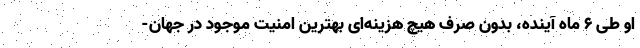
او طی ۶ ماه آینده، بدون صرف هیچ هزینه‌ای بهترین امنیت موجود در جهان-